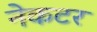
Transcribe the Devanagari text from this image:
नेकटर